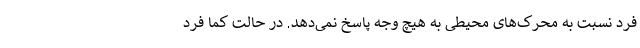
فرد نسبت به محرک‌های محیطی به هیچ وجه پاسخ نمی‌دهد. در حالت کما فرد